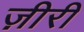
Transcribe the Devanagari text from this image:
ज़ीरी